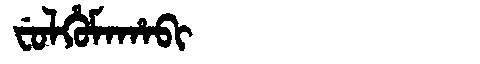
Manchu: ᠸᡠᠯᡥᡠᠮᠠᡥᠠᠪᡳ
Romanization: FULHUMAHABI